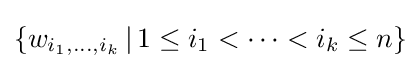
\{w_{i_{1},\dots ,i_{k}}\,\vert \,1\leq i_{1}<\cdots <i_{k}\leq n\}